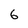
Character: 6